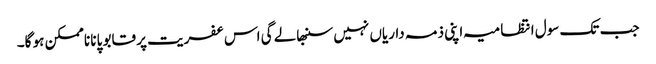
جب تک سول انتظامیہ اپنی ذمہ داریاں نہیں سنبھالے گی اس عفریت پر قابو پانا ناممکن ہو گا۔